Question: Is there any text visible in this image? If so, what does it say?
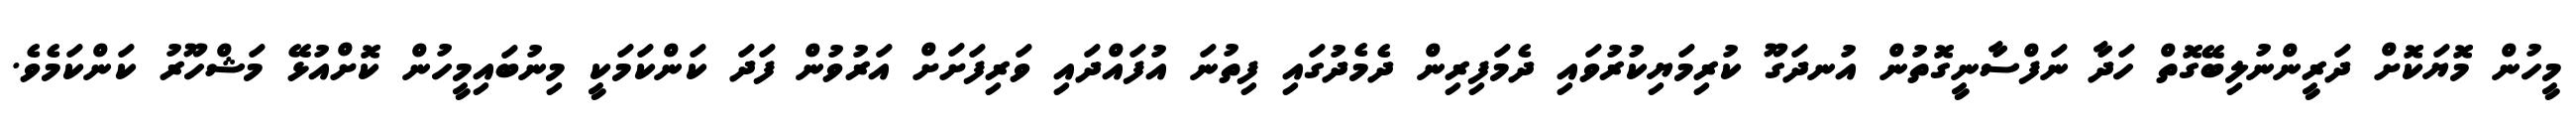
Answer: މީހުން މޮޔަކޮށް ދަރީންނުލިބޭގޮތް ހަދާ ނަފްސާނީގޮތުން އުނދަގޫ ކުރިމަޔިކުރުވައި ދެމަފިރިން ދެމެދުގައި ފިތުނަ އުފައްދައި ވަރިފަށަށް އަރުވުން ފަދަ ކަންކަމަކީ މިނުބައިމީހުން ކޮށްއުޅޭ މަޝްހޫރު ކަންކަމެވެ.